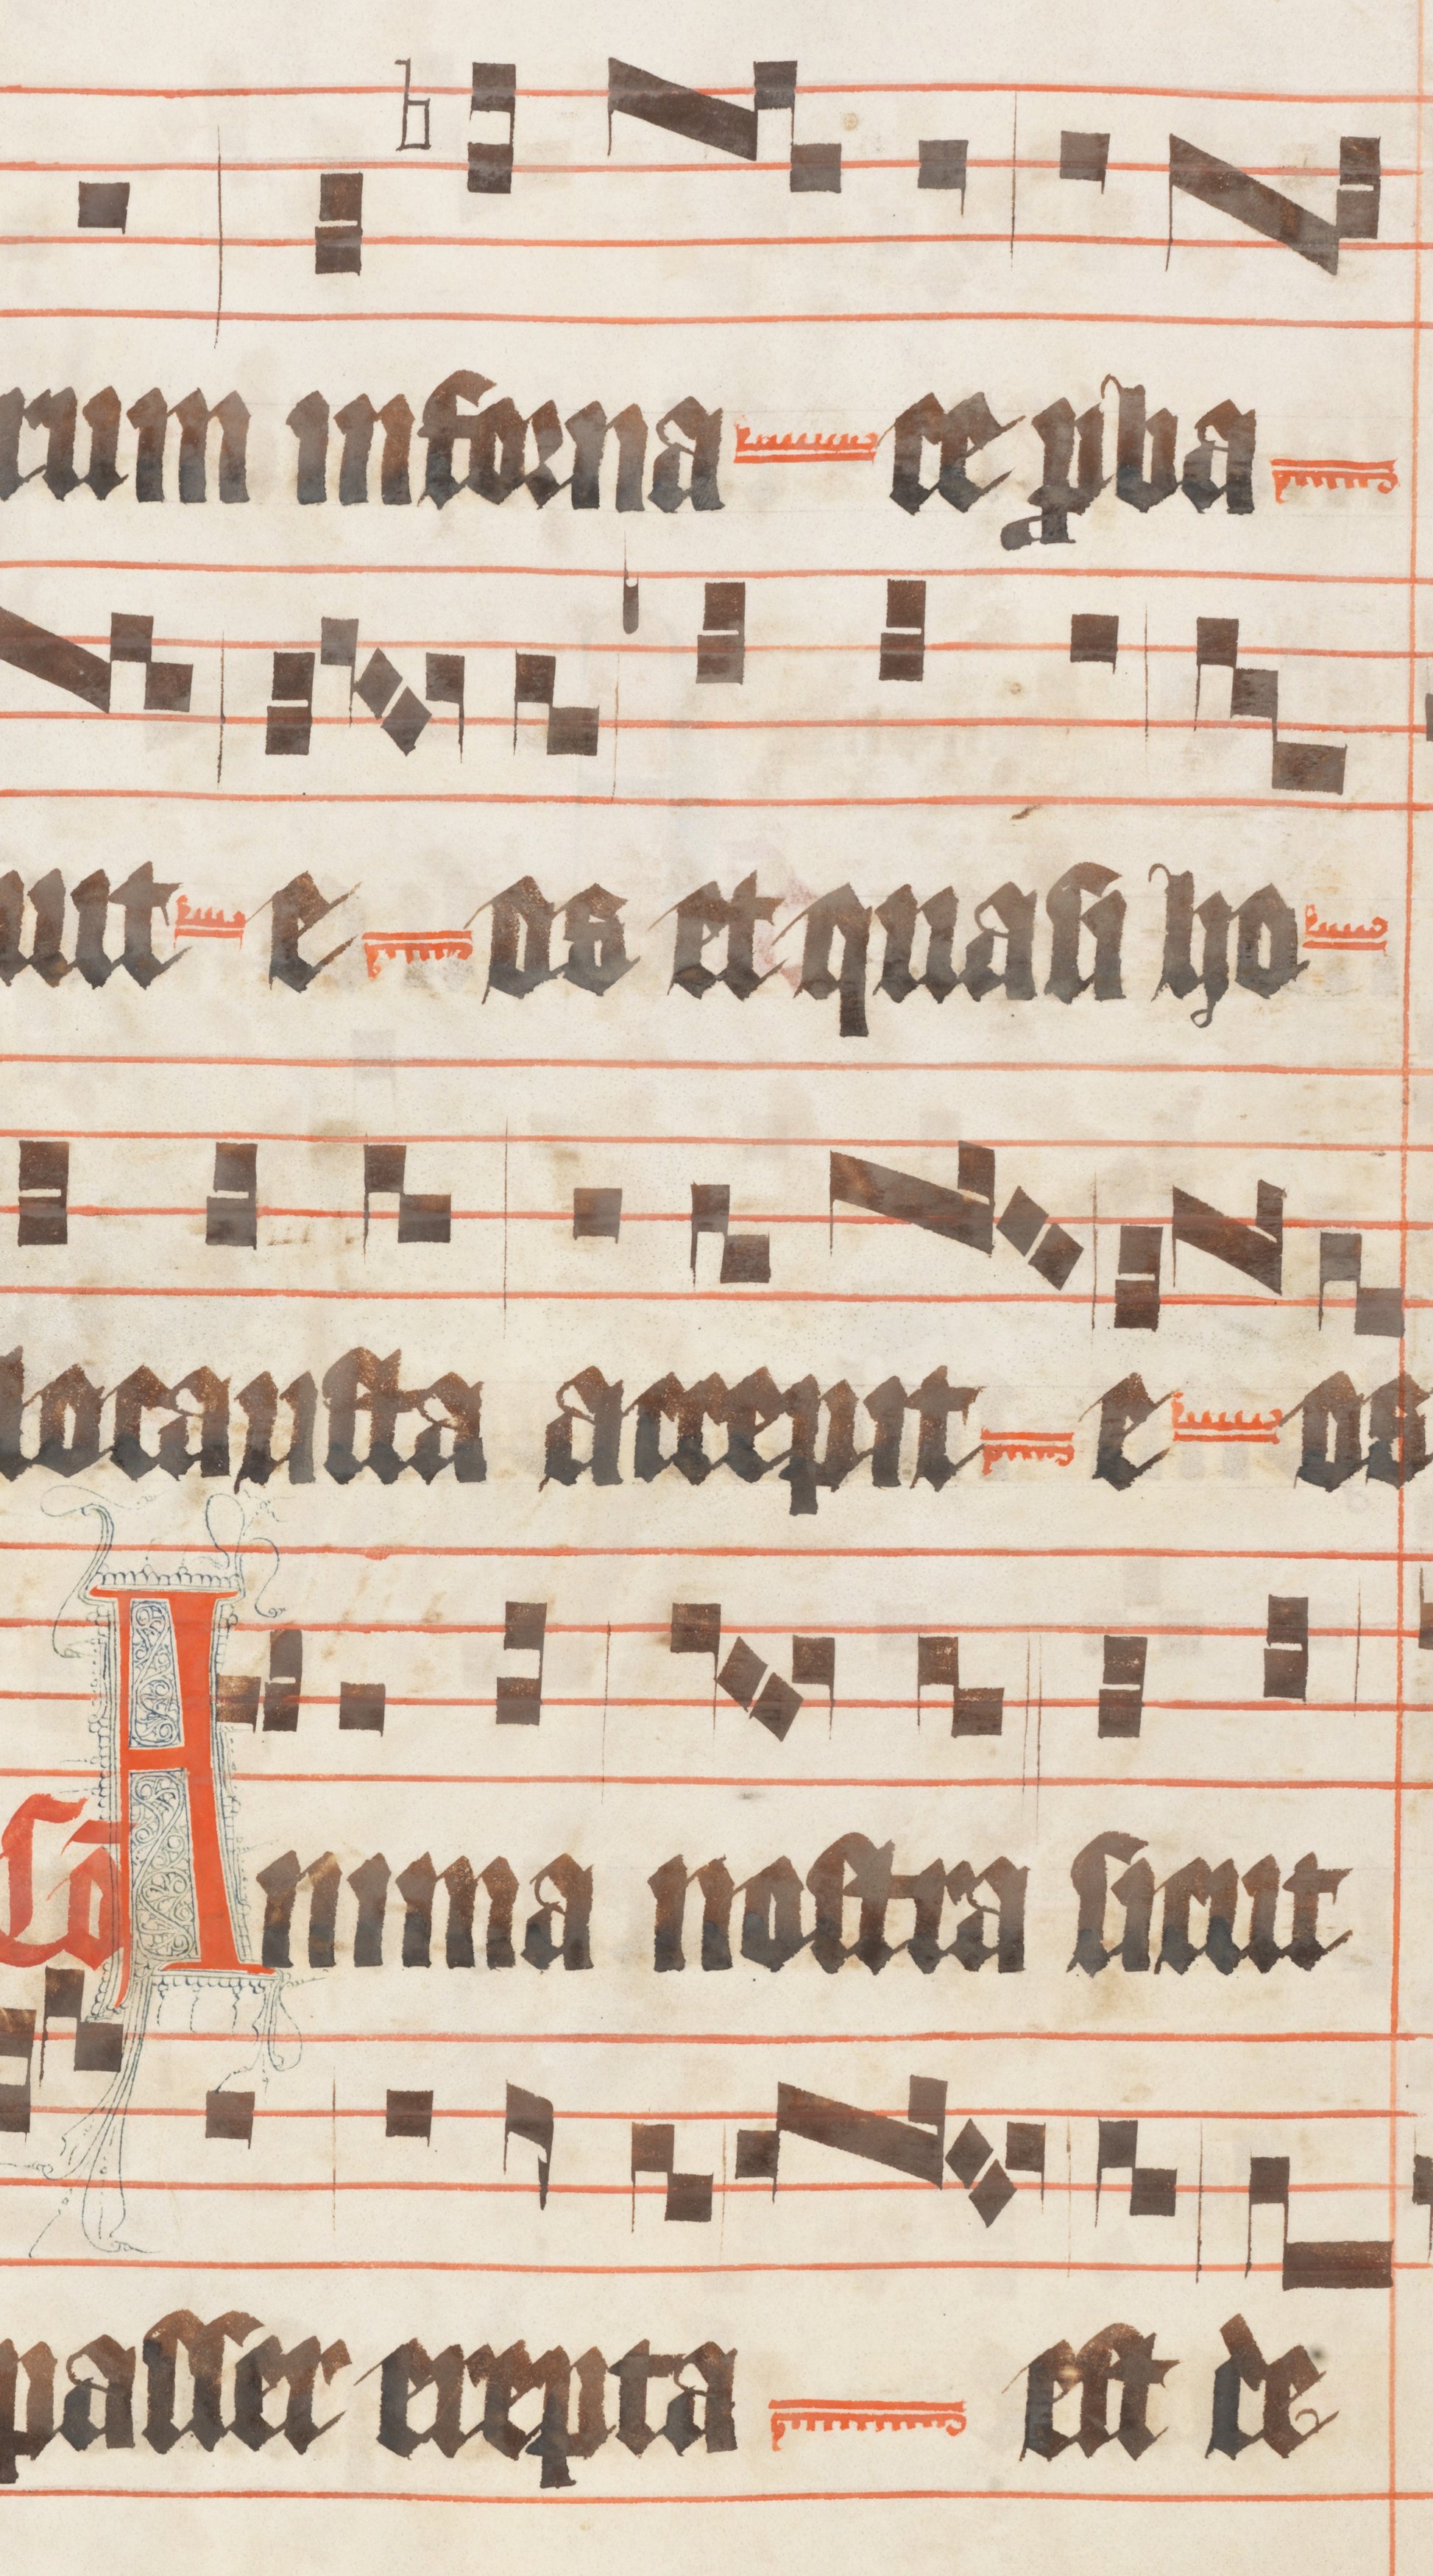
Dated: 1330–1335